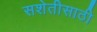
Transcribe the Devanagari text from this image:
सशेतीसाठी